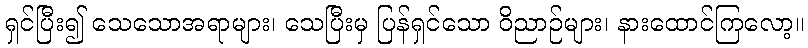
ရှင်ပြီး၍ သေသောအရာများ၊ သေပြီးမှ ပြန်ရှင်သော ဝိညာဉ်များ၊ နားထောင်ကြလော့။